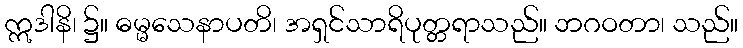
ဣဒါနိ၊ ၌။ ဓမ္မသေနာပတိ၊ အရှင်သာရိပုတ္တရာသည်။ ဘဂဝတာ၊ သည်။